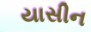
યાસીન